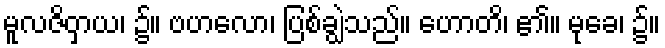
မူလဇိဝှာယ၊ ၌။ ဗဟလော၊ ပြစ်ချွဲသည်။ ဟောတိ၊ ၏။ မုခေ၊ ၌။